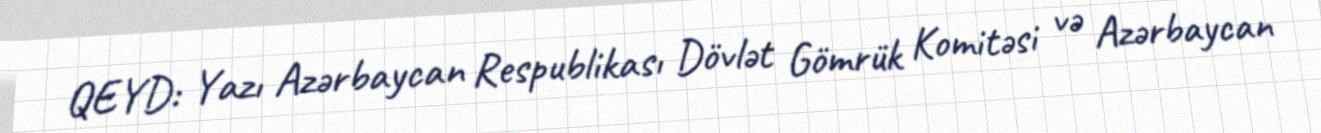
QEYD: Yazı Azərbaycan Respublikası Dövlət Gömrük Komitəsi və Azərbaycan